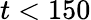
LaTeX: t<150